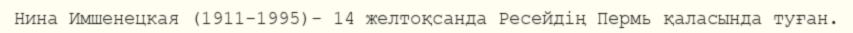
Нина Имшенецкая (1911-1995)- 14 желтоқсанда Ресейдің Пермь қаласында туған.